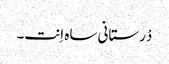
دْرستانی ساہ اِنت۔